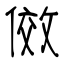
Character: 傚